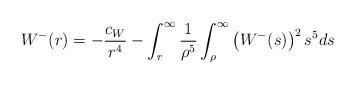
LaTeX: \begin{align*} W^-(r)=-\frac{c_W}{r^4}-\int_{r}^{\infty}\frac{1}{\rho^5} \int_{\rho}^{\infty} \left( W^-(s) \right)^2s^5ds\end{align*}